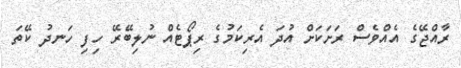
ރާއްޖޭގެ އެއްވެސް ރަށަކަށް އުދަ އެރިކަމުގެ ރިޕޯޓެއް ނުލިބޭރޭ ހިފި ހަނދު ކޭތަ